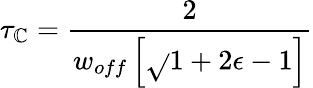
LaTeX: \tau_{\mathbb{C}}={\frac{{2}}{{w_{off}\left[\sqrt{}{{1+2\epsilon}}-1\right]}}}